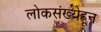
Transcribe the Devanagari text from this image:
लोकसंख्येहून